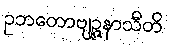
ဥဘတောဗျဉ္ဇနာသီတိ